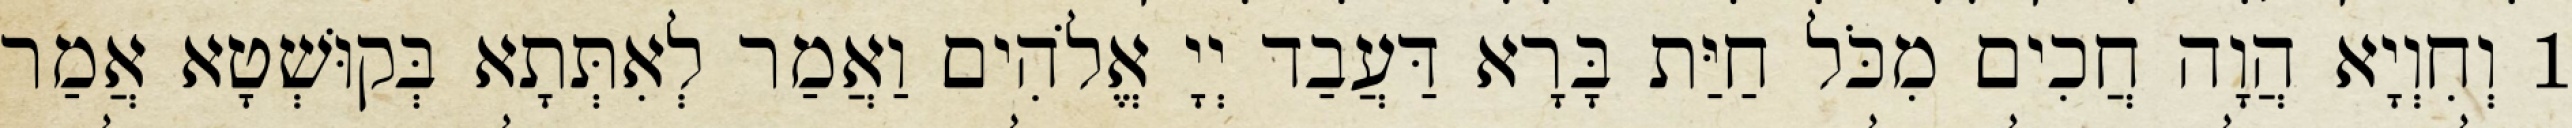
1 וְחִוְיָא הֲוָה חֲכִים מִכֹּל חַיַּת בָּרָא דַּעֲבַד יְיָ אֱלֹהִים וַאֲמַר לְאִתְּתָא בְּקוּשְׁטָא אֲמַר